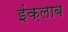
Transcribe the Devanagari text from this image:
इंक़लाब